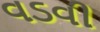
વડવી